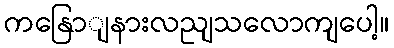
ကနြောျနားလညျသလောကျပေါ့။